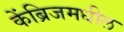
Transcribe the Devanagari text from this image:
केंब्रिजमधील